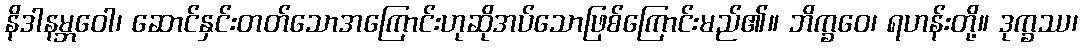
နိဒါနမ္ဘဝေါ၊ ဆောင်နှင်းတတ်သောအကြောင်းဟုဆိုအပ်သောဖြစ်ကြောင်းမည်၏။ ဘိက္ခဝေ၊ ရဟန်းတို့။ ဒုက္ခဿ၊